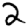
Digit: 2